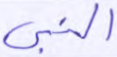
النبي